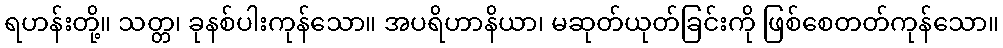
ရဟန်းတို့။ သတ္တ၊ ခုနစ်ပါးကုန်သော။ အပရိဟာနိယာ၊ မဆုတ်ယုတ်ခြင်းကို ဖြစ်စေတတ်ကုန်သော။